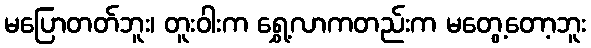
မပြောတတ်ဘူး၊ တူးဝါးက ရွှေ့လာကတည်းက မတွေ့တော့ဘူး